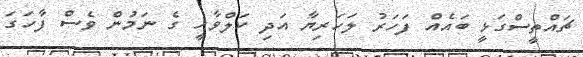
ޗައްތީސްގަޅީ ބައެއް ފަހަރު ލަހަރިޔާ އަދި ކަލްވާހީ ގެ ނަމުން ވެސް ފާހަގަ